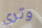
وتري